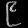
Digit: ၉